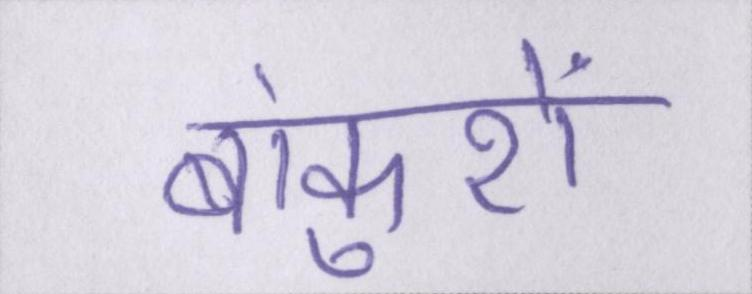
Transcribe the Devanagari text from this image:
बांकुरों